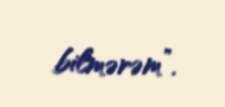
bilmərəm”.